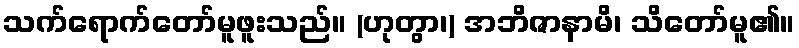
သက်ရောက်တော်မူဖူးသည်။ (ဟုတွာ၊) အဘိဇာနာမိ၊ သိတော်မူ၏။